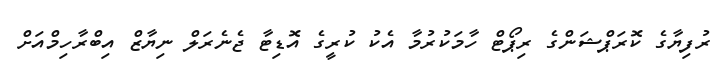
ރުފިޔާގެ ކޮރަޕްޝަންގެ ރިޕޯޓް ހާމަކުރުމާ އެކު ކުރީގެ އޮޑިޓާ ޖެނެރަލް ނިޔާޒް އިބްރާހިމްއަށް